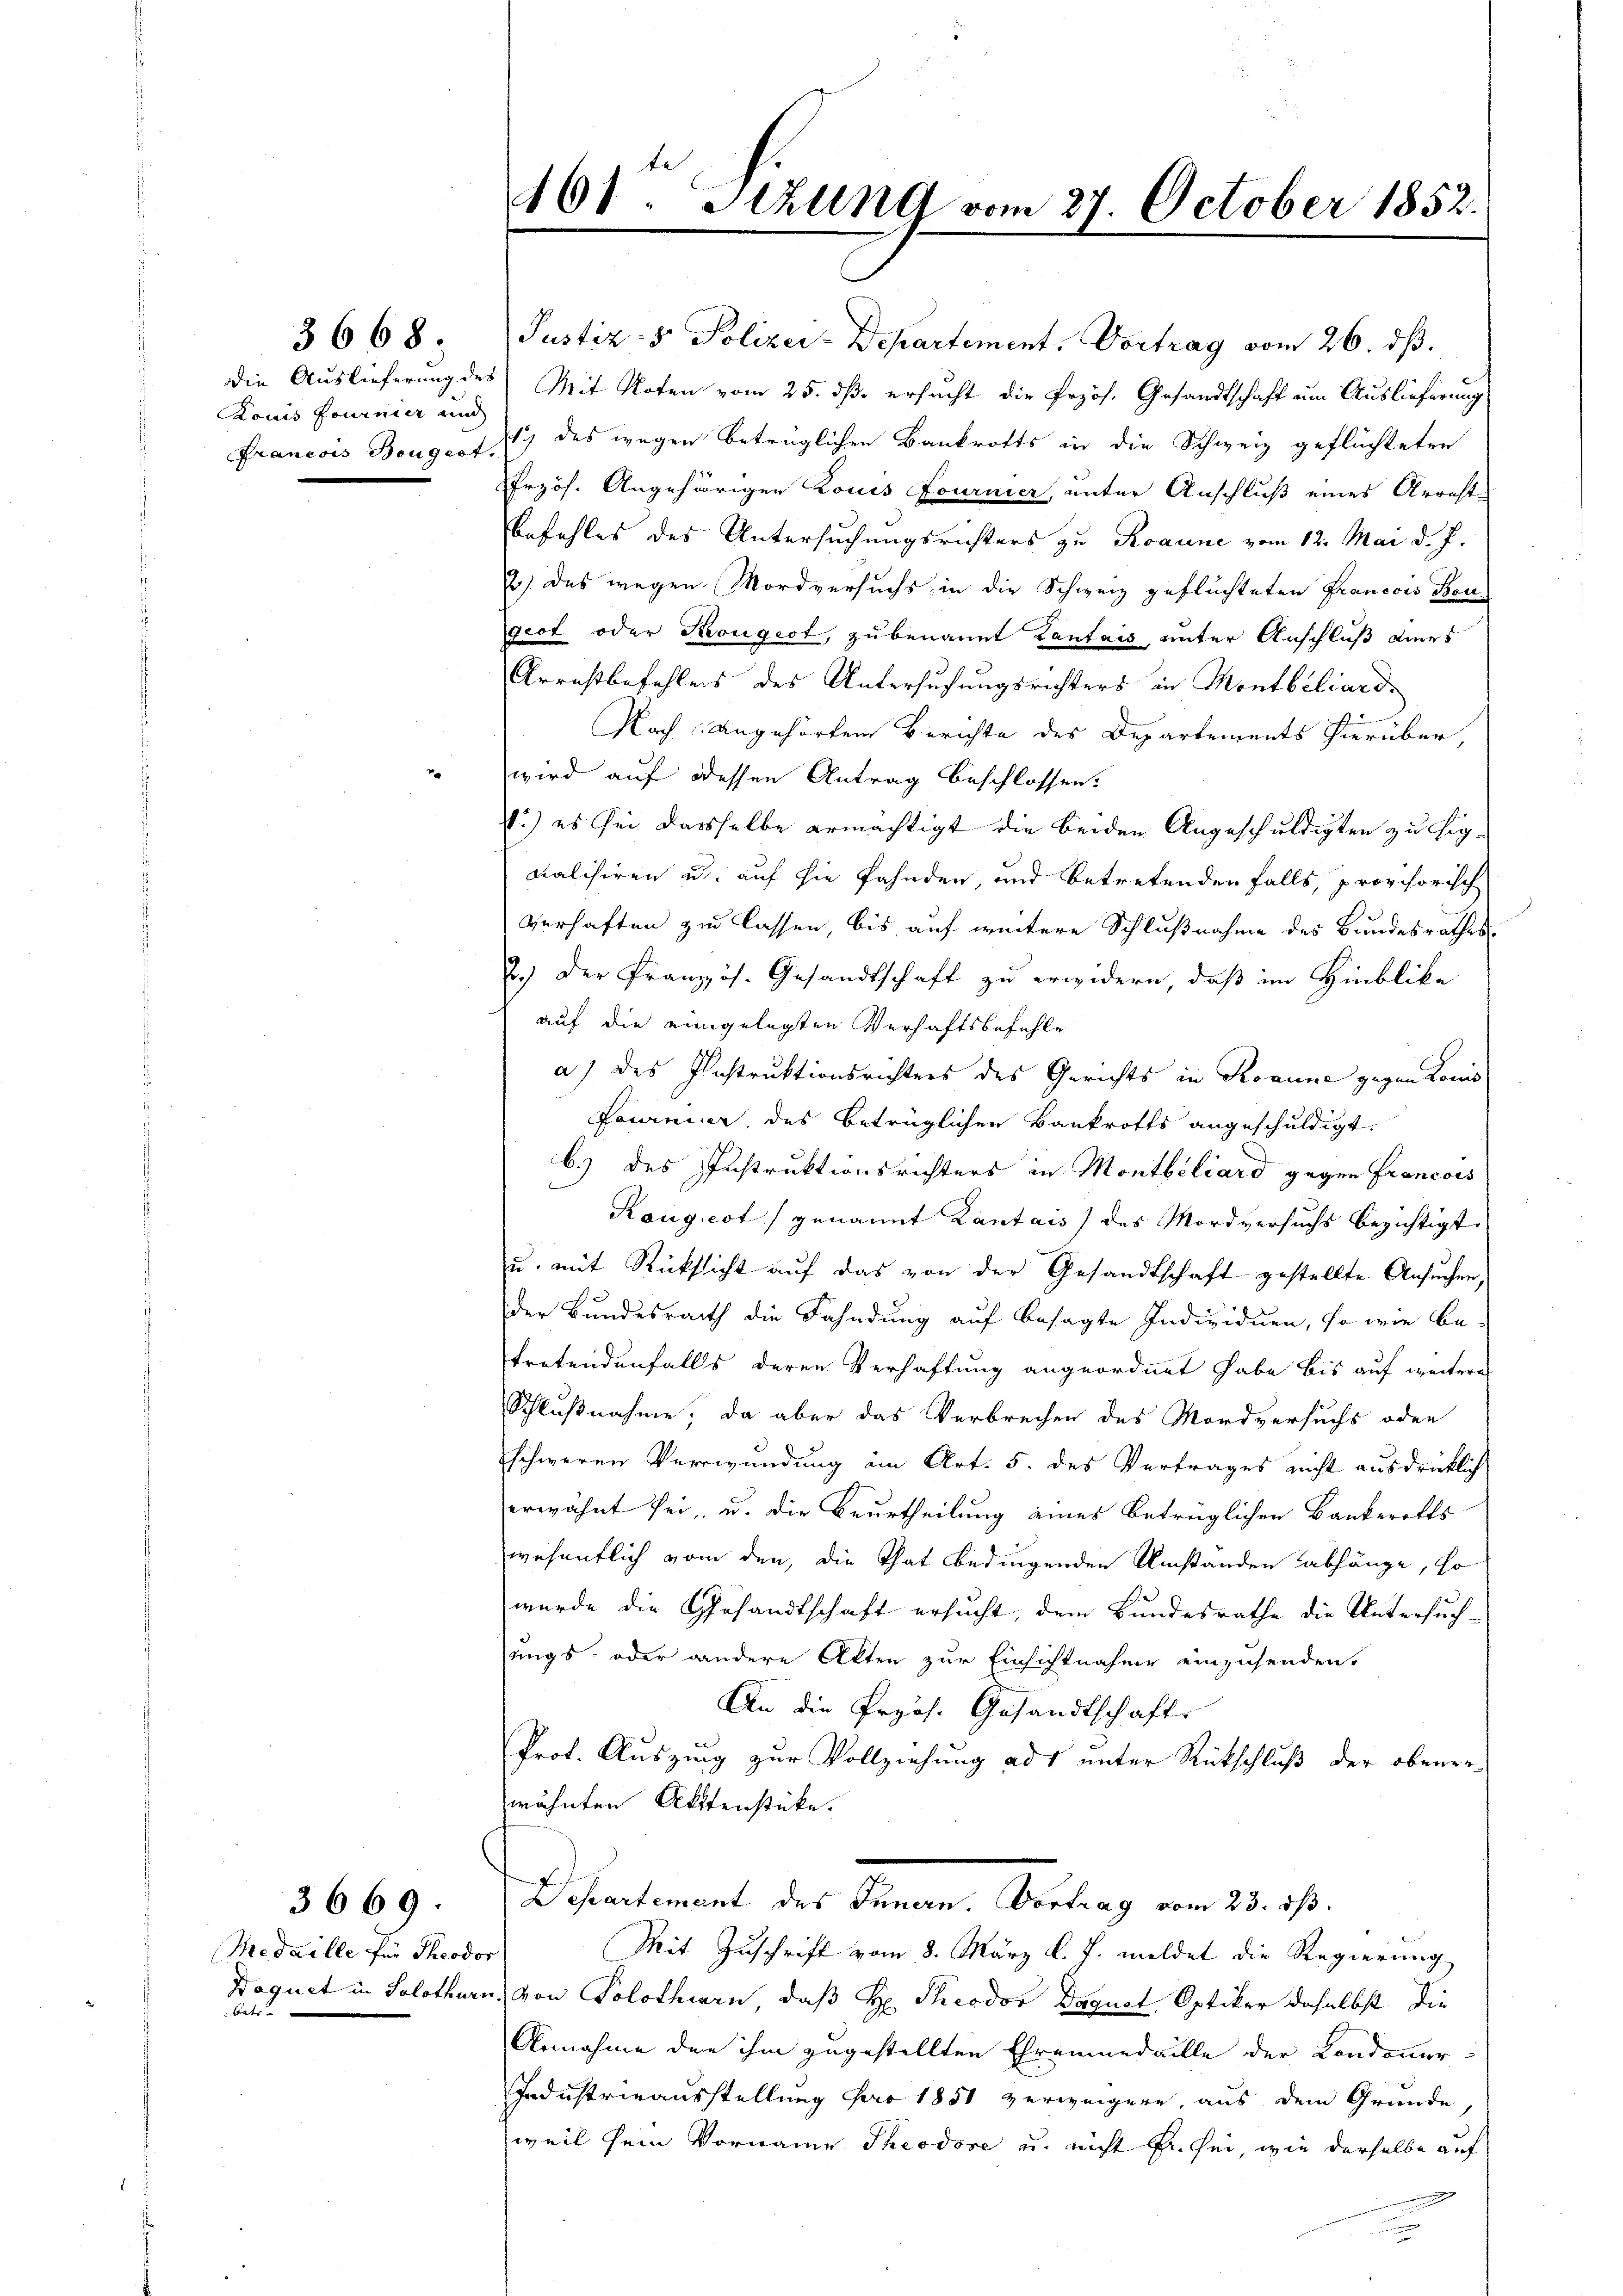
Ronis fournier und

3668;

Medaille für Theodor
betr.

3669.

461: Stzung vom 27. October 1852.
.

Justiz- & Polizei-Departement, Vortrag vom 26. dß.
die Auslieferung des Mit Noten vom 25. dß ersucht die Przös. Gesandtschaft um Auslieferung
Francois Bougert. 1) des wegen betrüglichen Bankrotts in die Schweiz geflüchteten
Przös. Angehörigen Louis Fournier, unter Anschluß eines Arrest-
befehles des Untersuchungsrichters zu Roaune vom 12. Mai d. J.
2). Das wegen Mordversuchs in die Schweiz geflüchteten Francois Bengeot oder Krongest, zu benannt Kantais, unter Anschluß ders
Arraßbefehlens des Untersuchungsrichters in Montbiliard
Nach angehörten Berichte des Departements hierüber,
wird auf dessen Antrag beschlossen:
) es sei dasselbe ermächtigt die beiden Angeschuldigten zu higmalisiren u. auf sie fahnden, und betretenden falls, provisorisch
verhaften zu lassen, bis auf weitere Schlußnahme des Bundesrathes
2.) Der Französ. Gesandtschaft zu erwidern, daß im Hinblicke
auf die eingelegten Verhaftsbefehle
a) des Instruktionsrichters des Gerichts in Rosine gegen Komis
Fournier, des betrüglichen Bankrotts angeschuldigt.
b.) des Instruktionsrichters in Montbiliard gegen Francois
Kaugiest) genannt Kantais) des Mordversuchs bezichtigt.
u. mit Rücksicht auf das von der Gesandtschaft gestellte Ansuchen,
der Bundesrath die Fahndung auf besagte Individuen, so wie be-
tretendenfalls deren Verhaftung angeordnet habe bis auf weitere
Schlußnahme, da aber das Verbrechen des Mordversuchs oder
schweren Verwundung im Art. 5. des Vertrages nicht ausdrücklich
erwähnt sei, u. die Beurtheilung eines betrüglichen Bankerotts
wesentlich vom den, die That bedingenden Umständen abhänge, so
wurde die Gesandtschaft ersucht, dem Bundesrathe die Untersuch-
sungs- oder andere Akten zur Einsichtnahme einzusenden.
An die Przös. Gesandtschafts
Prot. Auszung zur Vollziehung ad unter Rückschluß der obener-
wähnten Aktenstücke.
Deheartement des Innern. Vortrag vom 23. ds.
Mit Zuschrift vom 8. März l. J. meldet die Regierung
Daguct in Solothurn, von Solothurn, daß Hr. Theodor Daquet, Optiker daselbst die
Annahme der ihm zugestellten Ehrenmedaille der Condonner-
Industrieausstellung für 1851 verweigere, aus dem Grunde,
weil sein Vornaine Theodore u. nicht fr. sei, wie derselbe auf
n